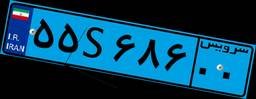
۵۵S۶۸۶۰۰